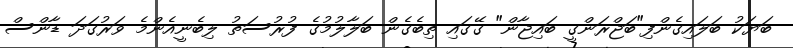
ބަޔަކު ބަލައިގެންފި"ބަޖްރަންގީ ބައިޖާން" ގޭގައި ތިބެގެން ބަލާލުމުގެ ފުރުސަތު ލިބެނީއެންމެ ވަރުގަދަ ޑާންސް